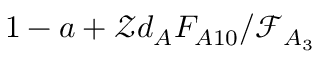
1 - a + \mathcal { Z } d _ { A } F _ { A 1 0 } / \mathcal { F } _ { A _ { 3 } }